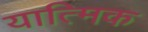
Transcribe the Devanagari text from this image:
यात्मिक